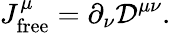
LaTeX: J_{\mathrm{free}}^{\mu}=\partial_{\nu}{\mathcal{D}}^{\mu\nu}.